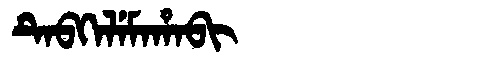
Manchu: ᡨᡝᠪᡴᡝᠯᡝᠮᠠᡥᠠᠪᡳ
Romanization: TEBKELEMAHABI